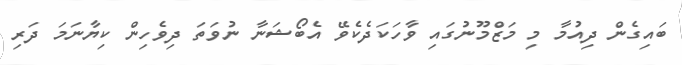
ބައިގެން ދިއުމާ މި މަޒްމޫނުގައި ވާހަކަދެކެވޭ އެބޯޝަނާ ނުވަތަ ދިވެހިން ކިޔާނަމަ ދަރި